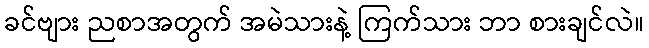
ခင်ဗျား ညစာအတွက် အမဲသားနဲ့ ကြက်သား ဘာ စားချင်လဲ။